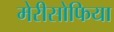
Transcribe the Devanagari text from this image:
मेरीसोफिया